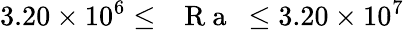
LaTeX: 3.20\times 10^{6}\leq\mathrm{~\textit~{~R~a~}~}\leq 3.20\times 10^{7}